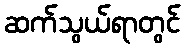
ဆက်သွယ်ရာတွင်